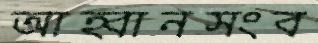
আহ্বানসংব